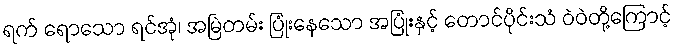
ရက် ရောသော ရင်အုံ၊ အမြဲတမ်း ပြုံးနေသော အပြုံးနှင့် တောင်ပိုင်းသံ ဝဲဝဲတို့ကြောင့်